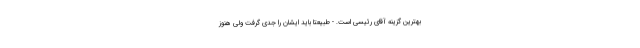
بهترین گزینه آقای رئیسی است. - طبیعتا باید ایشان را جدی گرفت ولی هنوز